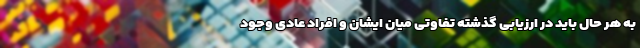
به هر حال باید در ارزیابی گذشته تفاوتی میان ایشان و افراد عادی وجود